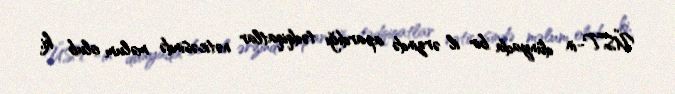
ÜST-in dünyada bir il ərzində apardığı tədqiqatlar nəticəsində məlum olub ki,